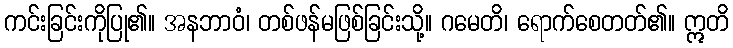
ကင်းခြင်းကိုပြု၏။ အနဘာဝံ၊ တစ်ဖန်မဖြစ်ခြင်းသို့။ ဂမေတိ၊ ရောက်စေတတ်၏။ ဣတိ